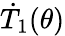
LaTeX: \dot{T}_{1}(\theta)